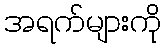
အရက်များကို